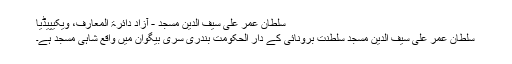
سلطان عمر علی سیف الدین مسجد - آزاد دائرۃ المعارف، ویکیپیڈیا
سلطان عمر علی سیف الدین مسجد سلطنت برونائی کے دار الحکومت بندری سری بیگوان میں واقع شاہی مسجد ہے۔